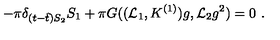
- \pi \delta _ { ( t - \hat { t } ) S _ { 2 } } S _ { 1 } + \pi G ( ( \mathcal { L } _ { 1 } , K ^ { ( 1 ) } ) g , \mathcal { L } _ { 2 } g ^ { 2 } ) = 0 \ .